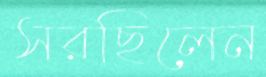
সরছিলেন